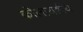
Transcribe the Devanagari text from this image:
कोलायडीय